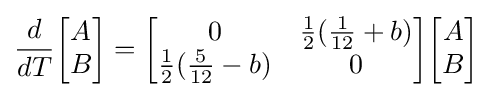
{\frac {d}{dT}}{\begin{bmatrix}A\\B\end{bmatrix}}={\begin{bmatrix}0&{\frac {1}{2}}({\frac {1}{12}}+b)\\{\frac {1}{2}}({\frac {5}{12}}-b)&0\\\end{bmatrix}}{\begin{bmatrix}A\\B\end{bmatrix}}